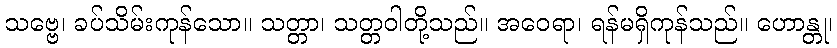
သဗ္ဗေ၊ ခပ်သိမ်းကုန်သော။ သတ္တာ၊ သတ္တဝါတို့သည်။ အဝေရာ၊ ရန်မရှိကုန်သည်။ ဟောန္တု၊